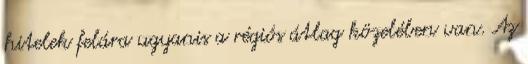
hitelek felára ugyanis a régiós átlag közelében van. Az